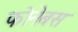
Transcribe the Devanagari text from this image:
फोनेबस